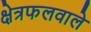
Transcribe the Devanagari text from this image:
क्षेत्रफलवाले